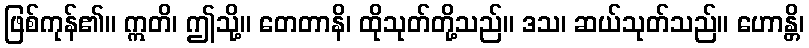
ဖြစ်ကုန်၏။ ဣတိ၊ ဤသို့။ တေတာနိ၊ ထိုသုတ်တို့သည်။ ဒသ၊ ဆယ်သုတ်သည်။ ဟောန္တိ၊